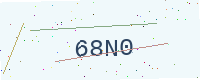
Text: 68N0